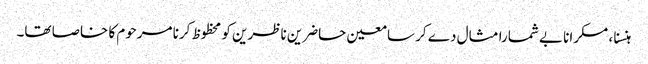
ہنسنا ، مسکرانا بے شمارا مثال دے کر سامعین حاضرین ناظرین کو محظوظ کرنا مرحوم کا خاصا تھا۔